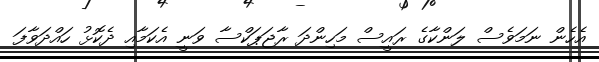
އެހެން ނަމަވެސް ލަންކާގެ ރައީސް މަހިންދަ ރާޖަޕަކްސާ ވަނީ އެކަމާއި ދެކޮޅު ހައްދަވާފަ